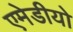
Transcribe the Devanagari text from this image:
एमेडीयो